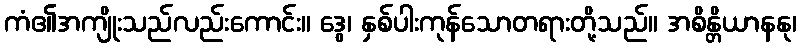
ကံ၏အကျိုးသည်လည်းကောင်း။ ဒွေ၊ နှစ်ပါးကုန်သောတရားတို့သည်။ အစိန္တိယာနနု၊